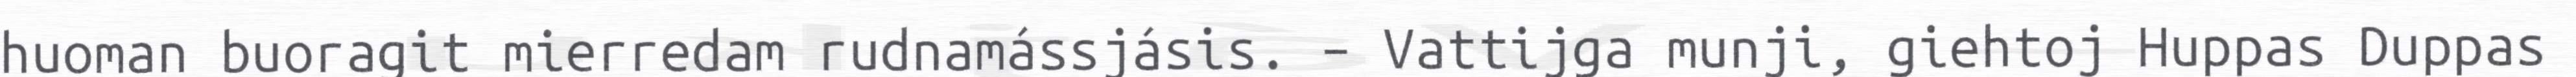
huoman buoragit mierredam rudnamássjásis. – Vattijga munji, giehtoj Huppas Duppas